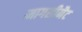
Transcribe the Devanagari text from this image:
मागसीनैट